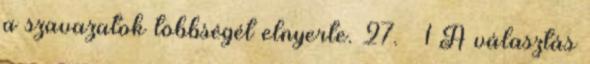
a szavazatok többségét elnyerte. 27. § 1 A választás